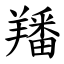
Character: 羳